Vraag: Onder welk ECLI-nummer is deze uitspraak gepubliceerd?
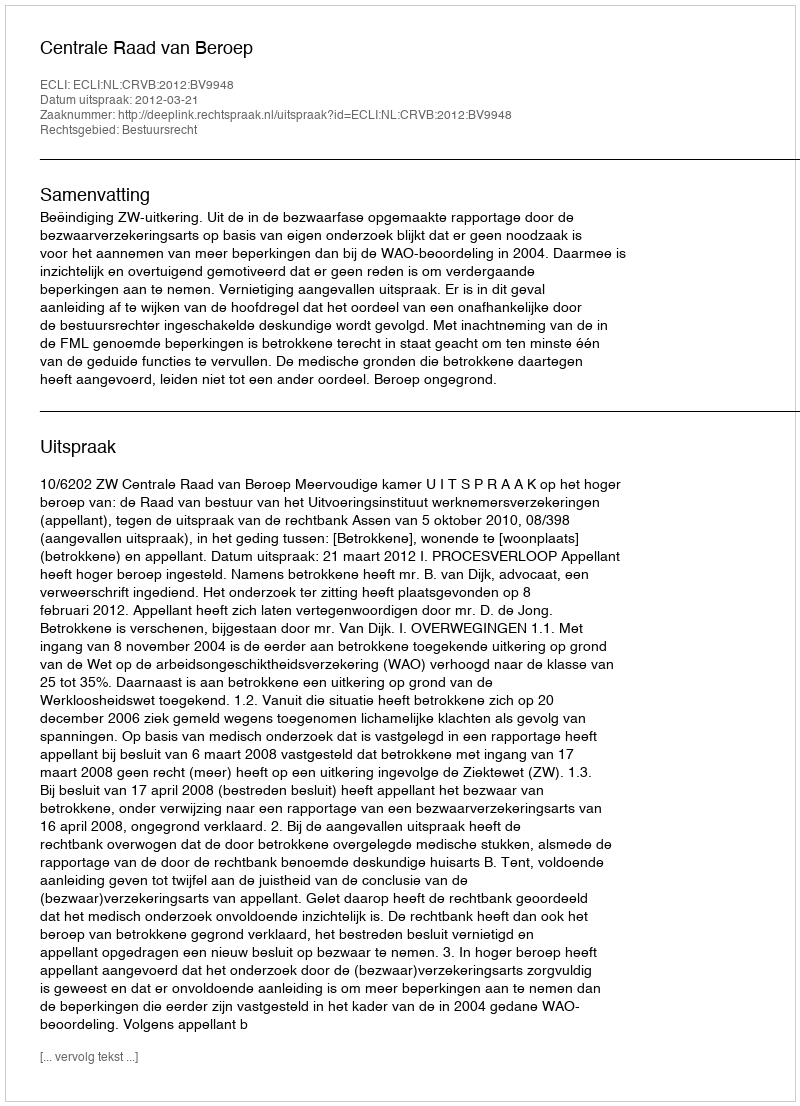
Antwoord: ECLI:NL:CRVB:2012:BV9948